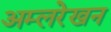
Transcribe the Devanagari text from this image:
अम्लरेखन